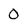
Character: 0